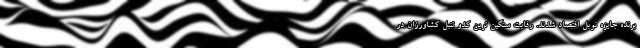
برنده جایزه نوبل اقتصاد شدند. رقابت سنگین ترین کدو تنبل کشاورزان در